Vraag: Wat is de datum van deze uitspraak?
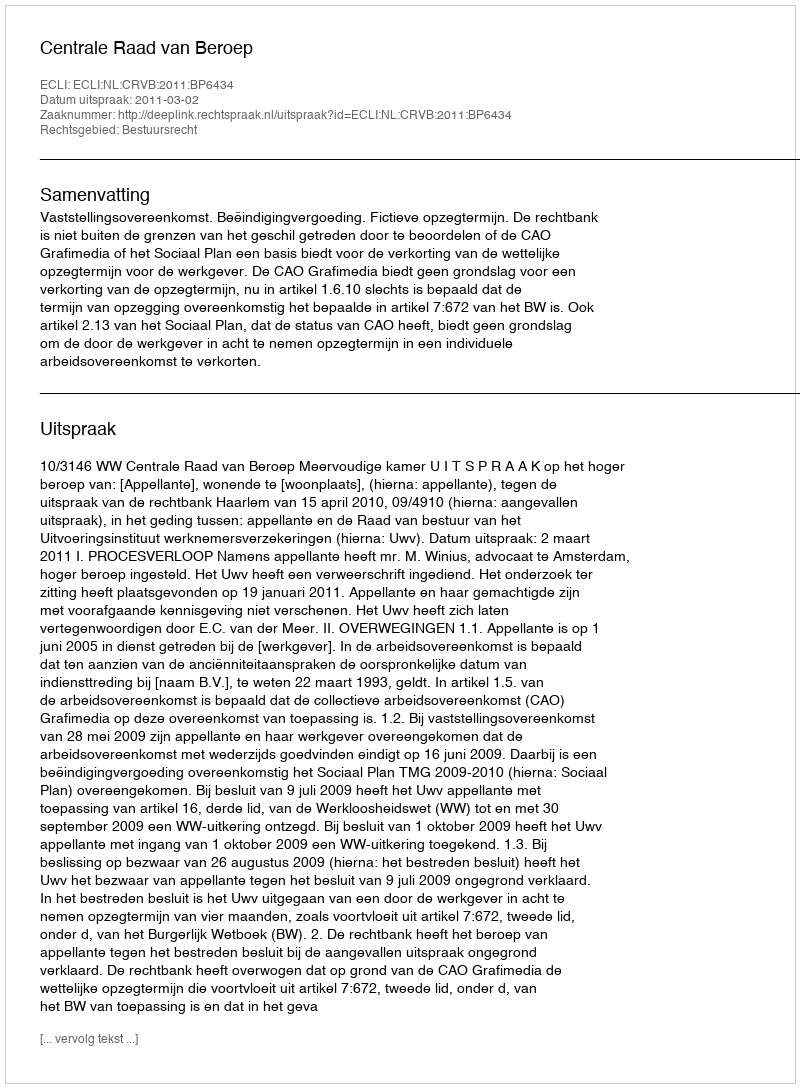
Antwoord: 2011-03-02